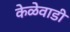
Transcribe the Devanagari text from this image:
केळेवाडी